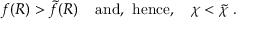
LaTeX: f ( R ) > \tilde { f } ( R ) \; \; \; \; \mathrm { a n d , } \; \; \mathrm { h e n c e , } \; \; \; \; \chi < \tilde { \chi } \; .